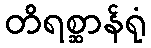
တိရစ္ဆာန်ရုံ